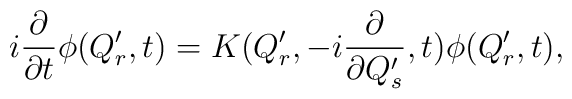
i{\partial \over \partial t} \phi(Q'_r,t)	= K(Q'_r, -i{\partial \over \partial Q'_s}, t) \phi(Q'_r,t),